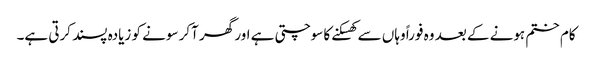
کام ختم ہونے کے بعد وہ فوراً وہاں سے کھسکنے کا سوچتی ہے اور گھر آکر سونے کو زیادہ پسند کرتی ہے۔